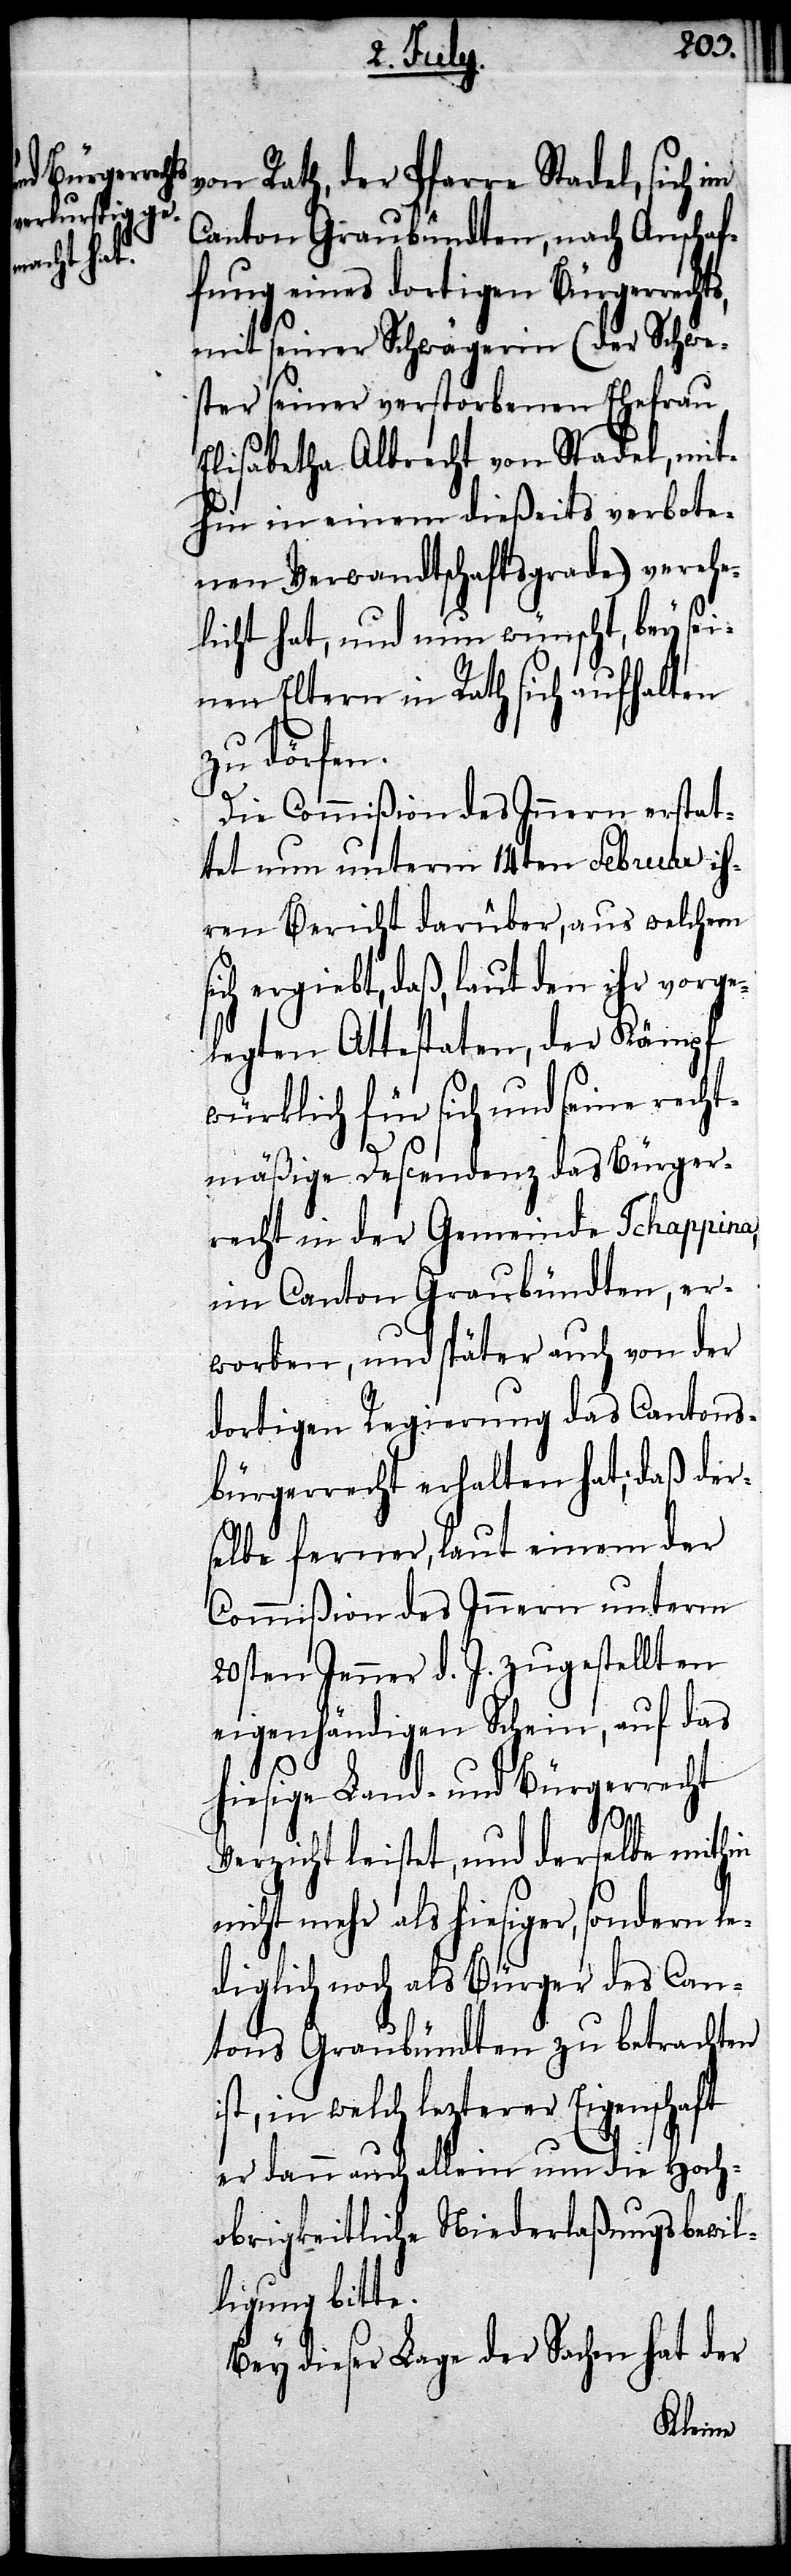
von Rath, der Pfarre Stadel, sich im
Canton Graubündten, nach Anschaf¬
fung eines dortigen Bürgerrechts,
mit seiner Schwägerin (der Schwe¬
ster seiner verstorbenen Ehefrau
Elisabetha Albrecht von Stadel, mit¬
hin ein einem dießeits verbote¬
nen Verwandtschaftsgrade) verehe¬
licht hat, und nun wünscht, bey sei¬
nen Eltern in Rath sich aufhalten
zu dörfen.
Die Commißion des Innern erstat¬
tet nun unterm 14ten Februar ih¬
ren Bericht darüber, aus welchem
sich ergiebt, daß, laut den ihr vorge¬
legten Attestaten, der Kämpf
würklich für sich und seine recht¬
mäßige Descendez das Bürger¬
recht in der Gemeinde Tschappina,
im Canton Graubündten, er¬
worben, und später auch von der
dortigen Regierung das Cantons¬
bürgerrecht erhalten hat; daß der¬
selbe ferner, laut einem der
Commißion des Innern unterm
20sten Jenner d. J. zugestellten
eigenhändigen Schein, auf das
hiesige Land- und Bürgerrecht
Verzicht leistet, und derselbe mithin
nicht mehr als hiesiger, sondern le¬
diglich noch als Bürger des Can¬
tons Graubündten zu betrachten
ist, in welch lezterer Eigenschaft
er dann auch allein um die Hoch¬
obrigkeitliche Niederlaßungsbewil¬
ligung bitte.
Bey dieser Lage der Sachen hat der